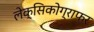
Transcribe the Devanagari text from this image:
लेक्सिकोग्राफर